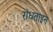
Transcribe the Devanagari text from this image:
रॉधताइन